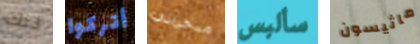
ذلك أتركوا مدخراتي سألبس ماثيسون